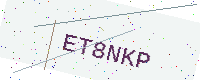
Text: ET8NKP